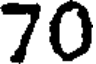
70